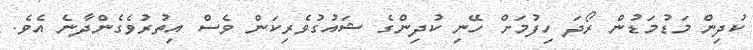
ކުދިން މަޑުމަޑުން ރޯދަ ހިފުމަށް ހޭނި ކުދިންގެ ޝައުގުވެރިކަން ވެސް އިތުރުވެގެންދާނެ އެވެ.